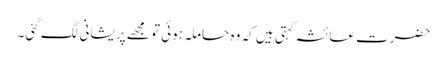
حضرت عائشہ کہتی ہیں کہ وہ حاملہ ہوئی تو مجھے پریشانی لگ گئی۔